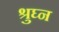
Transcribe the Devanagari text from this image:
श्रुघ्न